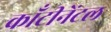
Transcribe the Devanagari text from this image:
काँटीनेंटल